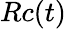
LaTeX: Rc(t)